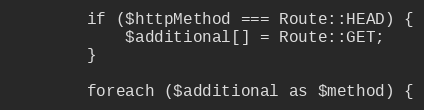
Language: PHP
        if ($httpMethod === Route::HEAD) {
            $additional[] = Route::GET;
        }

        foreach ($additional as $method) {